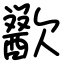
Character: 歠